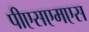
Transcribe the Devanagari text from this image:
पीएसएमएस